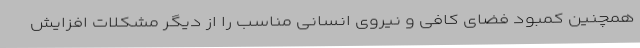
همچنین کمبود فضای کافی و نیروی انسانی مناسب را از دیگر مشکلات افزایش